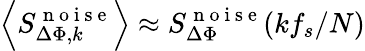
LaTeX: \left<S_{\Delta\Phi,k}^{\mathrm{~n~o~i~s~e~}}\right>\approx S_{\Delta\Phi}^{\mathrm{~n~o~i~s~e~}}(kf_{s}/N)